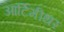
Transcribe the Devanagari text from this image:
आर्टिमीथर